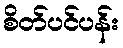
စိတ်ပင်ပန်း